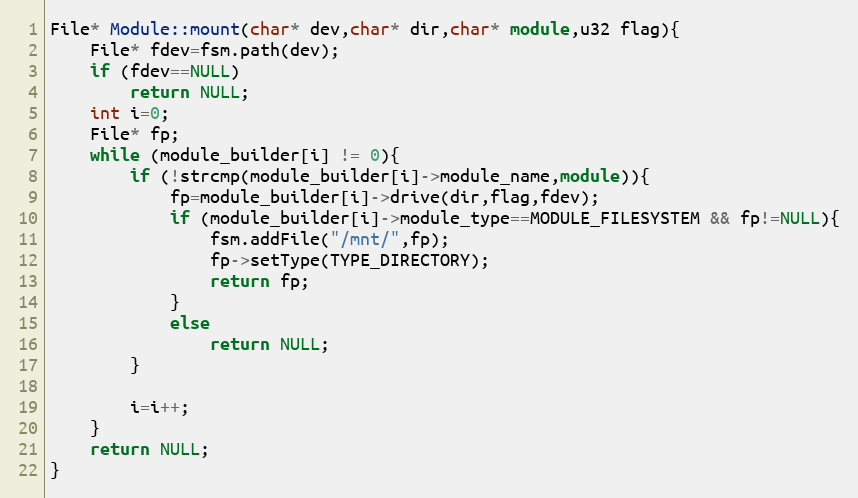
Language: C++
File* Module::mount(char* dev,char* dir,char* module,u32 flag){
	File* fdev=fsm.path(dev);
	if (fdev==NULL)
		return NULL;
	int i=0;
	File* fp;
	while (module_builder[i] != 0){
		if (!strcmp(module_builder[i]->module_name,module)){
			fp=module_builder[i]->drive(dir,flag,fdev);
			if (module_builder[i]->module_type==MODULE_FILESYSTEM && fp!=NULL){
				fsm.addFile("/mnt/",fp);
				fp->setType(TYPE_DIRECTORY);
				return fp;
			}
			else
				return NULL;
		}

		i=i++;
	}
	return NULL;
}